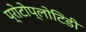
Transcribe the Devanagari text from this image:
प्रोटोप्लोटिडी